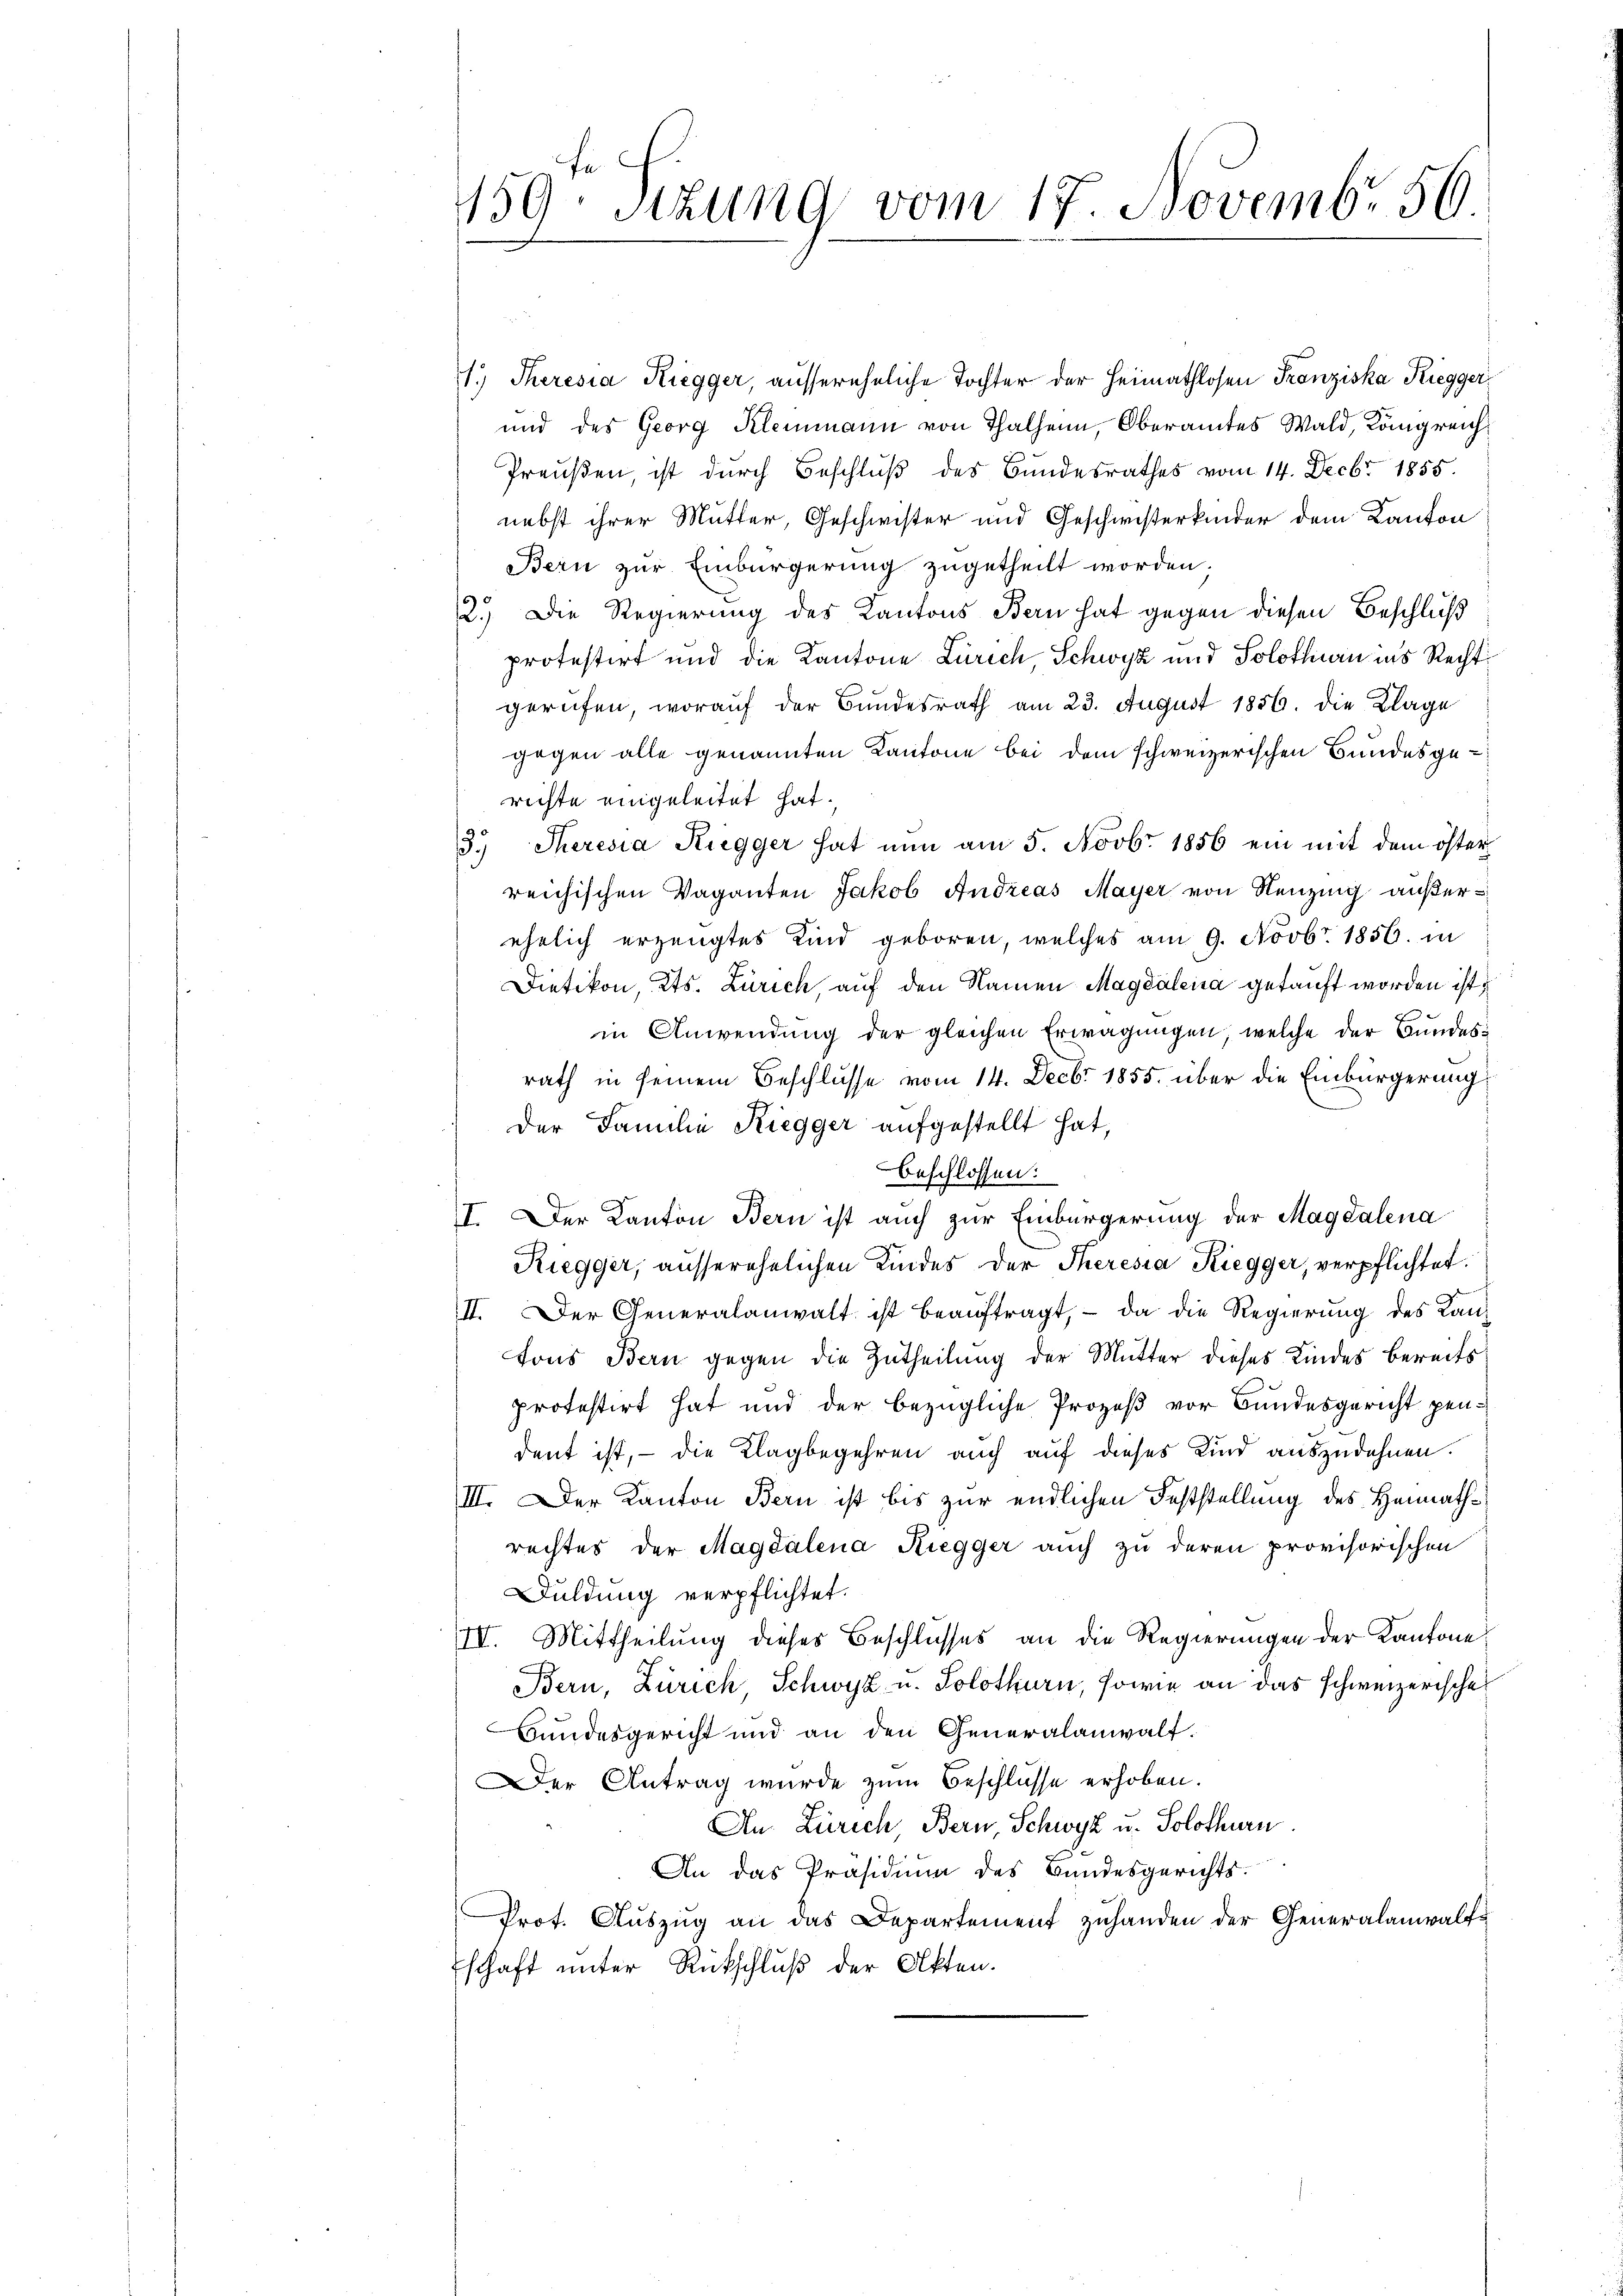
159. Sizung vom 17. Novembr 56.

1) Theresia Riegger, aussereheliche Tochter der Heimathlosen Franziska Riegger,
und des Georg Klemmann von Thalheim, Oberamtes Wald, Kongreich
Preußen, ist durch Beschluß des Bundesrathes vom 14. Decbr 1855.
nebst ihrer Mutter, Geschwister und Geschwisterkinder dem Kanton
Bern zur Einbürgerung zugetheilt worden;
2.) Die Regierung des Kantons Bern hat gegen diesen Beschluß
protestirt und die Kantone Zürich, Schwyz und Solothurn ins Rechtgerufen, worauf der Bundesrath am 23. August 1856. die Klage
gegen alle genannten Kantone bei dem schweizerischen Bundesge-
richte eingeleitet hat.
3.) Theresia Ruegger hat nun am 5. Novbr. 1856 ein mit dem öster
reichischen Vaganten Jakob Andreas Mayer von Neuzing außerehelich erzeugtes Kind geboren, welches am 9. Novbr. 1856. in
Dietikon, Kts. Zürich, auf den Namen Magdalena getauft worden ist,
in Anwendung der gleichen Erwägungen, welche der Bundesrath in seinem Beschlusse vom 14. Decbr 1855. über die Einbürgerung
Der Familie Riegger aufgestellt hat,
beschlossen:
I. Der Kanton Bern ist auch zur Einbürgerung der Magdalena
Riegger, ausserehelichen Kindes der Theresia Riegger, verpflichtet.
II. Der Generalanwalt ist beaŭftragt, da die Regierung des Kantons Bern gegen die Zutheilung der Mutter dieses Kindes bereits
protestirt hat und der bezügliche Prozeß vor Bundesgericht pendent ist, – die Klagbegehren auch auf dieses Kind auszudehnen.
III. Der Kanton Bern ist bis zur endlichen Feststellung des Heimathrechtes der Magdalena Riegger auch zu deren provisorischen
Duldung verpflichtet.
IV. Mittheilung dieses Beschlusses an die Regierungen der Kantone
Bern, Zürich, Schwyz u. Solothurn, sowie an das schweizerische
Bundesgericht und an den Generalanwalt.
Der Antrag wurde zum Beschlüsse erhoben.
An Zürich Bern Schwyz u. Solothurn.
An das Präsidium des Bundesgerichts.
Prot. Auszug an das Departement zuhanden der Generalanwaltschaft unter Rückschluß der Akten.